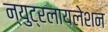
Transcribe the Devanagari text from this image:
न्युट्रलायलेशन